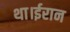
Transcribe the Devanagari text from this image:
था।ईरान